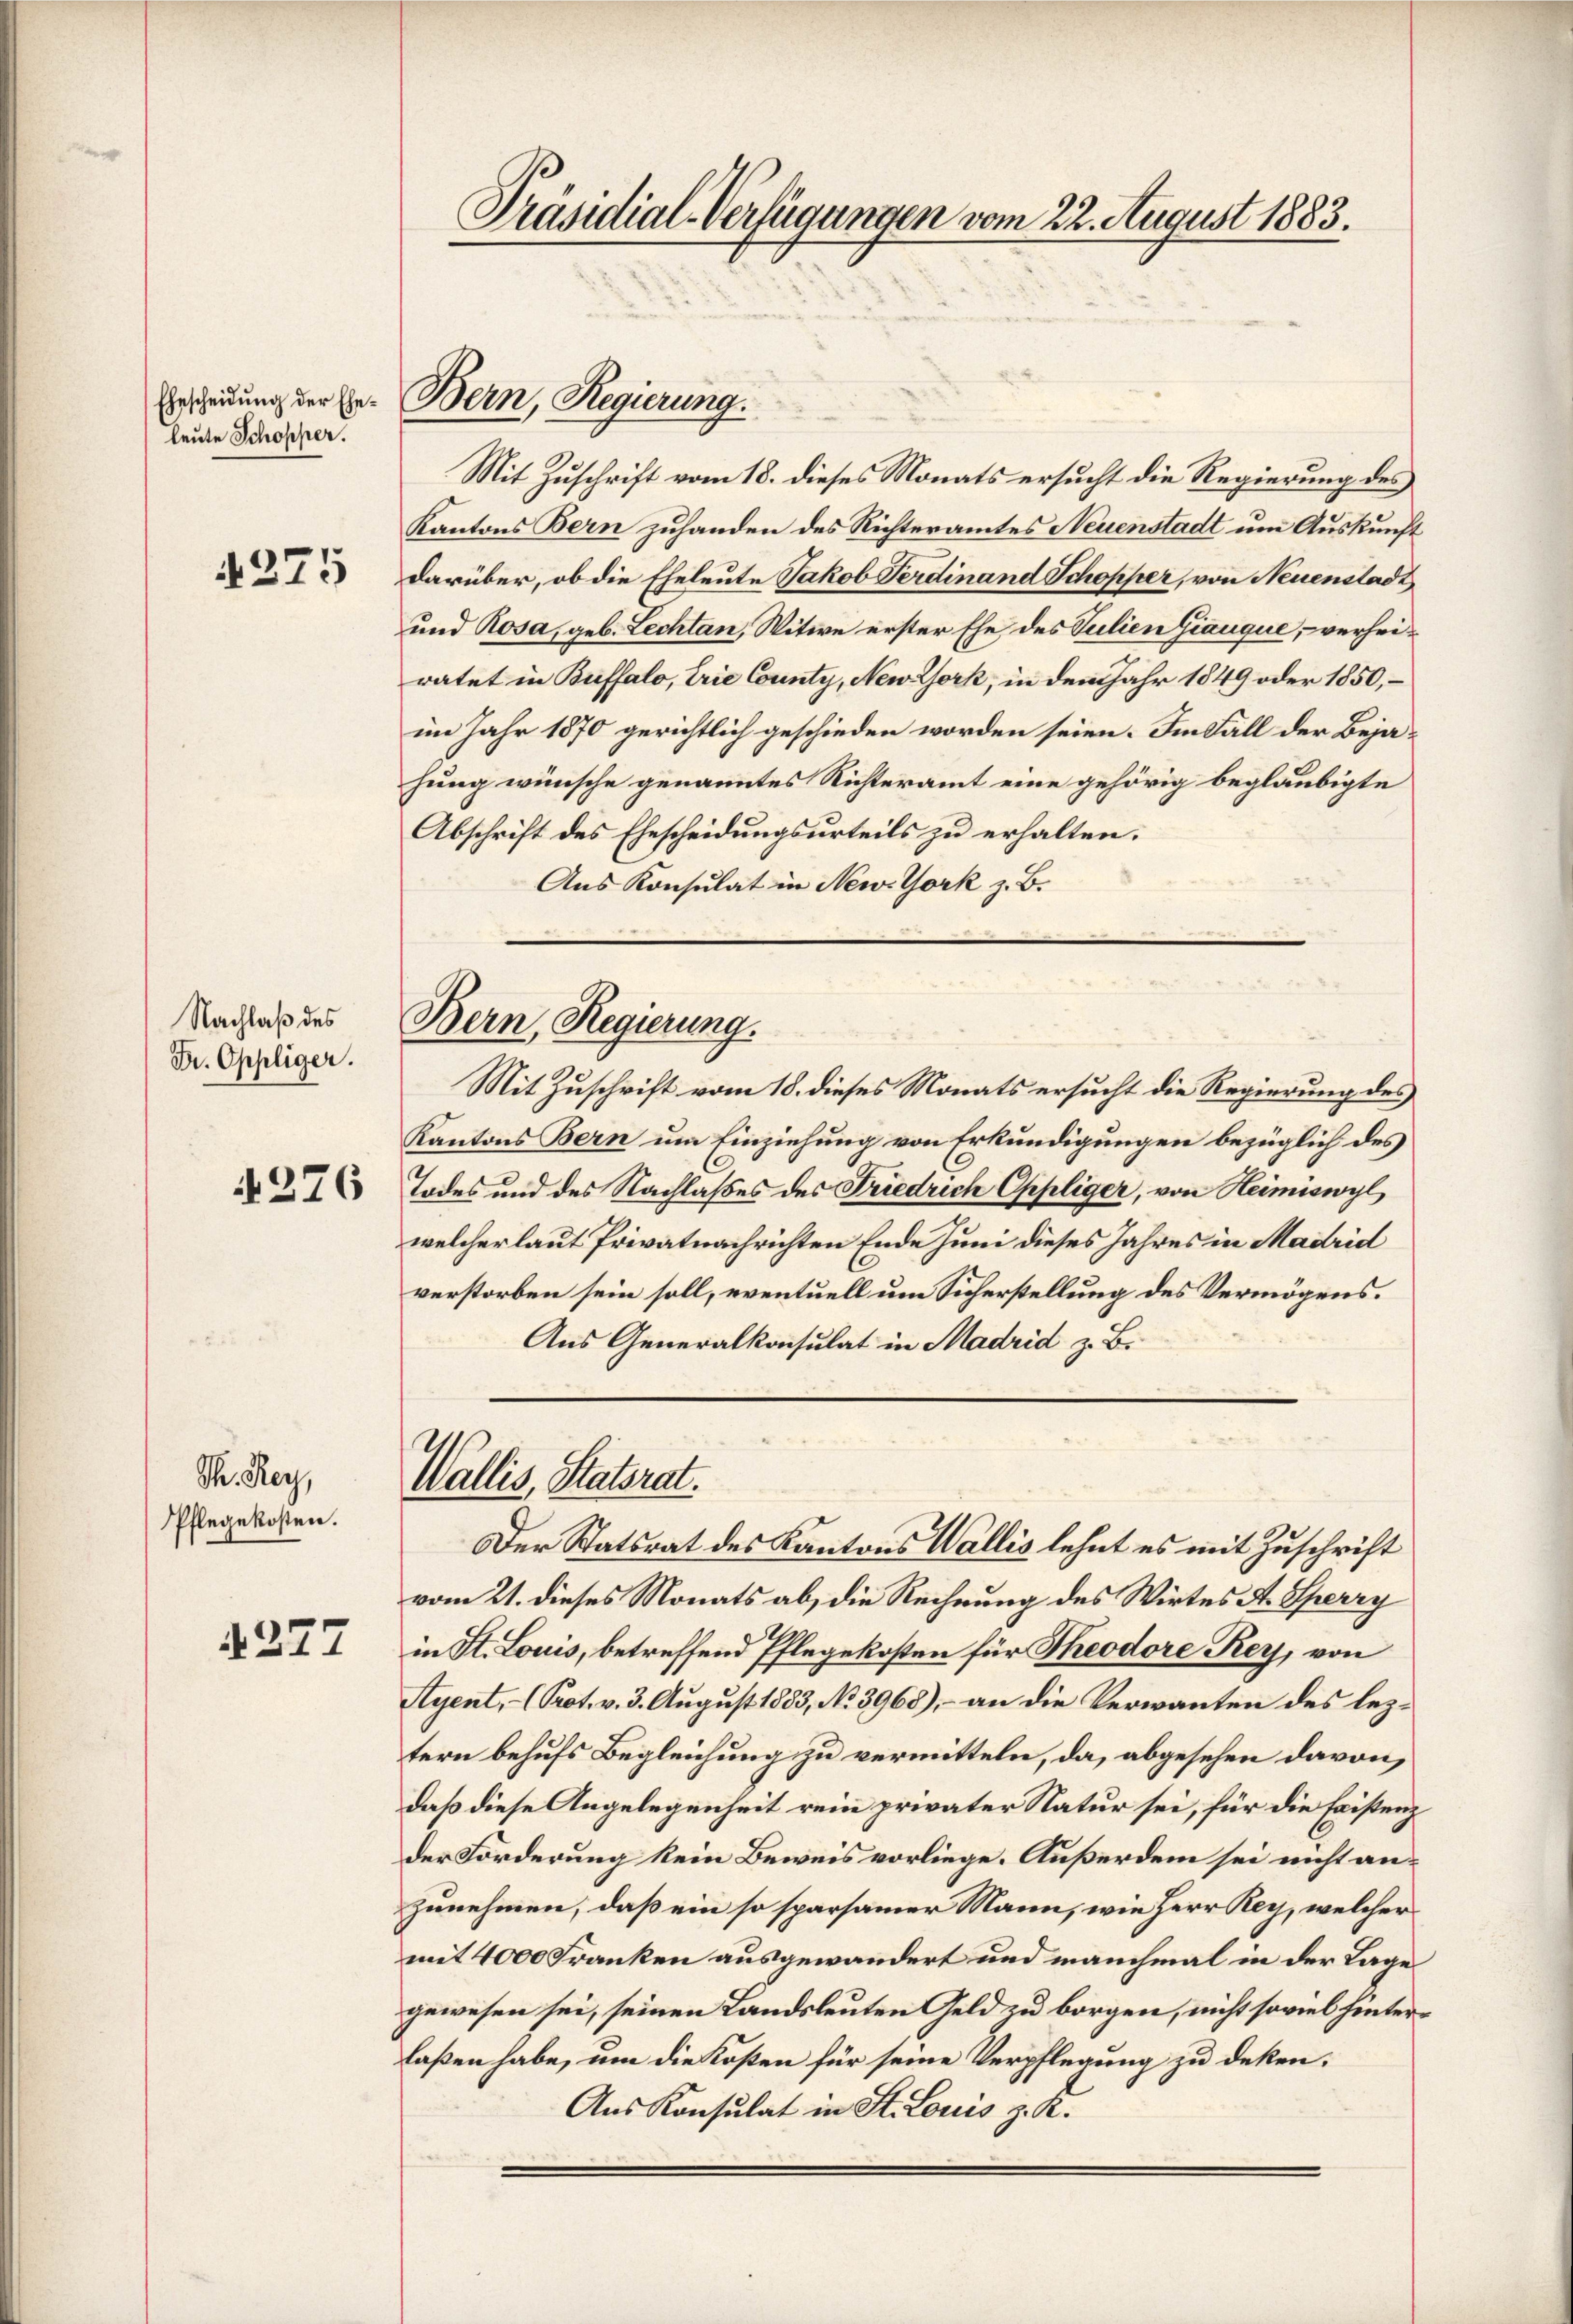
Ehescheidung der Eheleute Schopper.

4275

Nachlaß des
Fr. Oppliger.

4276

Th. Rey,
Pflegekosten.

d 277

Präsidial-Verfügungen vom 22. August 1883.

Bern, Regierung.

Bern, Regierung.

Mit Zuschrift vom 18. dieses Nonats ersucht die Regierung des
Kantons Bern zuhanden des Richteramtes Neuenstadt um Auskunft
darüber, ob die Eheleute Jakob Ferdinand Schopper, von Neuenstadt
und Rosa, geb. Lechtan, Witwe erster Ehe, des Julien Giauque, - verheiratet in Buffalo, trie County, New York, in dem Jahr 1849 oder 1850, –
im Jahr 1870 gerichtlich geschieden worden seien. Im Fall der Bejahung wünsche genanntes Richteramt eine gehörig beglaubigte
Abschrift des Ehescheidungsurteils zu erhalten.
Aus Konsulat in New-York z. B.
Mit Zuschrift vom 18. dieses Monats ersucht die Regierung des
Kantons Bern um Einziehung von Erkundigungen bezüglich des
Todes und des Nachlaßes des Friedrich Oppliger, von Heimiswyl
welcher laut Privatnachrichten Ende Juni dieses Jahres in Madrid
verstorben sein soll, eventuell um Sicherstellung des Vermögens¬
Aus Generalkonsulat in Madrid z. B.
Wallis, Statsrat.
Der Statsrat des Kantons Wallis lehnt es mit Zuschrift
vom 21. dieses Monats ab, die Rechnung des Wirtes A. Sperry
in St. Louis, betreffend Pflegekosten für Theodore Kers, von
Ayent, - (Prot. v. 3. August 1833, No 3968), – an die Verwanten des leztern behufs Begleichung zu vermitteln, da, abgesehen davon,
daß diese Angelegenheit rein privater Natur sei, für die Existenz
der Förderung kein Beweis vorliege. Außerdem sei nicht anzunehmen, daß ein so sparsamer Mann, wie Herr Rey, welcher
mit 4000 Franken ausgewandert und manchmal in der Lage
gewesen sei, seinen Landsleuten Geld zu borgen, nicht soviel hinterlaßen habe, um die Kosten für seine Verpflegung zu deken.
Aus Konsulat in St. Louis z. K.